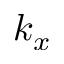
k _ { x }